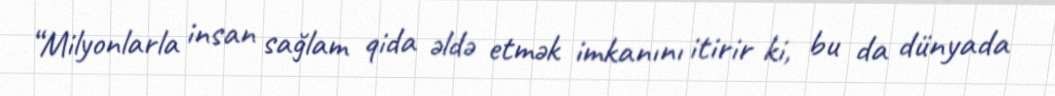
“Milyonlarla insan sağlam qida əldə etmək imkanını itirir ki, bu da dünyada